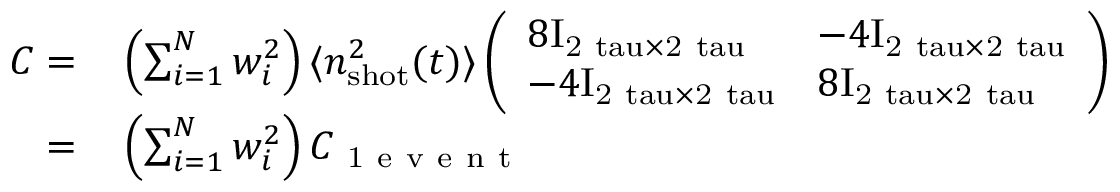
\begin{array} { r l } { C = } & { { } \left( \sum _ { i = 1 } ^ { N } w _ { i } ^ { 2 } \right) \langle n _ { \mathrm { s h o t } } ^ { 2 } ( t ) \rangle \left( \begin{array} { l l } { 8 \mathrm { { I } _ { 2 \ t a u \times 2 \ t a u } } } & { - 4 \mathrm { { I } _ { 2 \ t a u \times 2 \ t a u } } } \\ { - 4 \mathrm { { I } _ { 2 \ t a u \times 2 \ t a u } } } & { 8 \mathrm { { I } _ { 2 \ t a u \times 2 \ t a u } } } \end{array} \right) } \\ { = } & { { } \left( \sum _ { i = 1 } ^ { N } w _ { i } ^ { 2 } \right) C _ { \mathrm { ~ 1 ~ e ~ v ~ e ~ n ~ t ~ } } } \end{array}